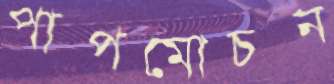
পাপমোচন